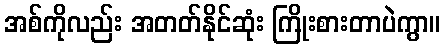
အစ်ကိုလည်း အတတ်နိုင်ဆုံး ကြိုးစားတာပဲကွာ။